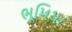
ભૂમિયા